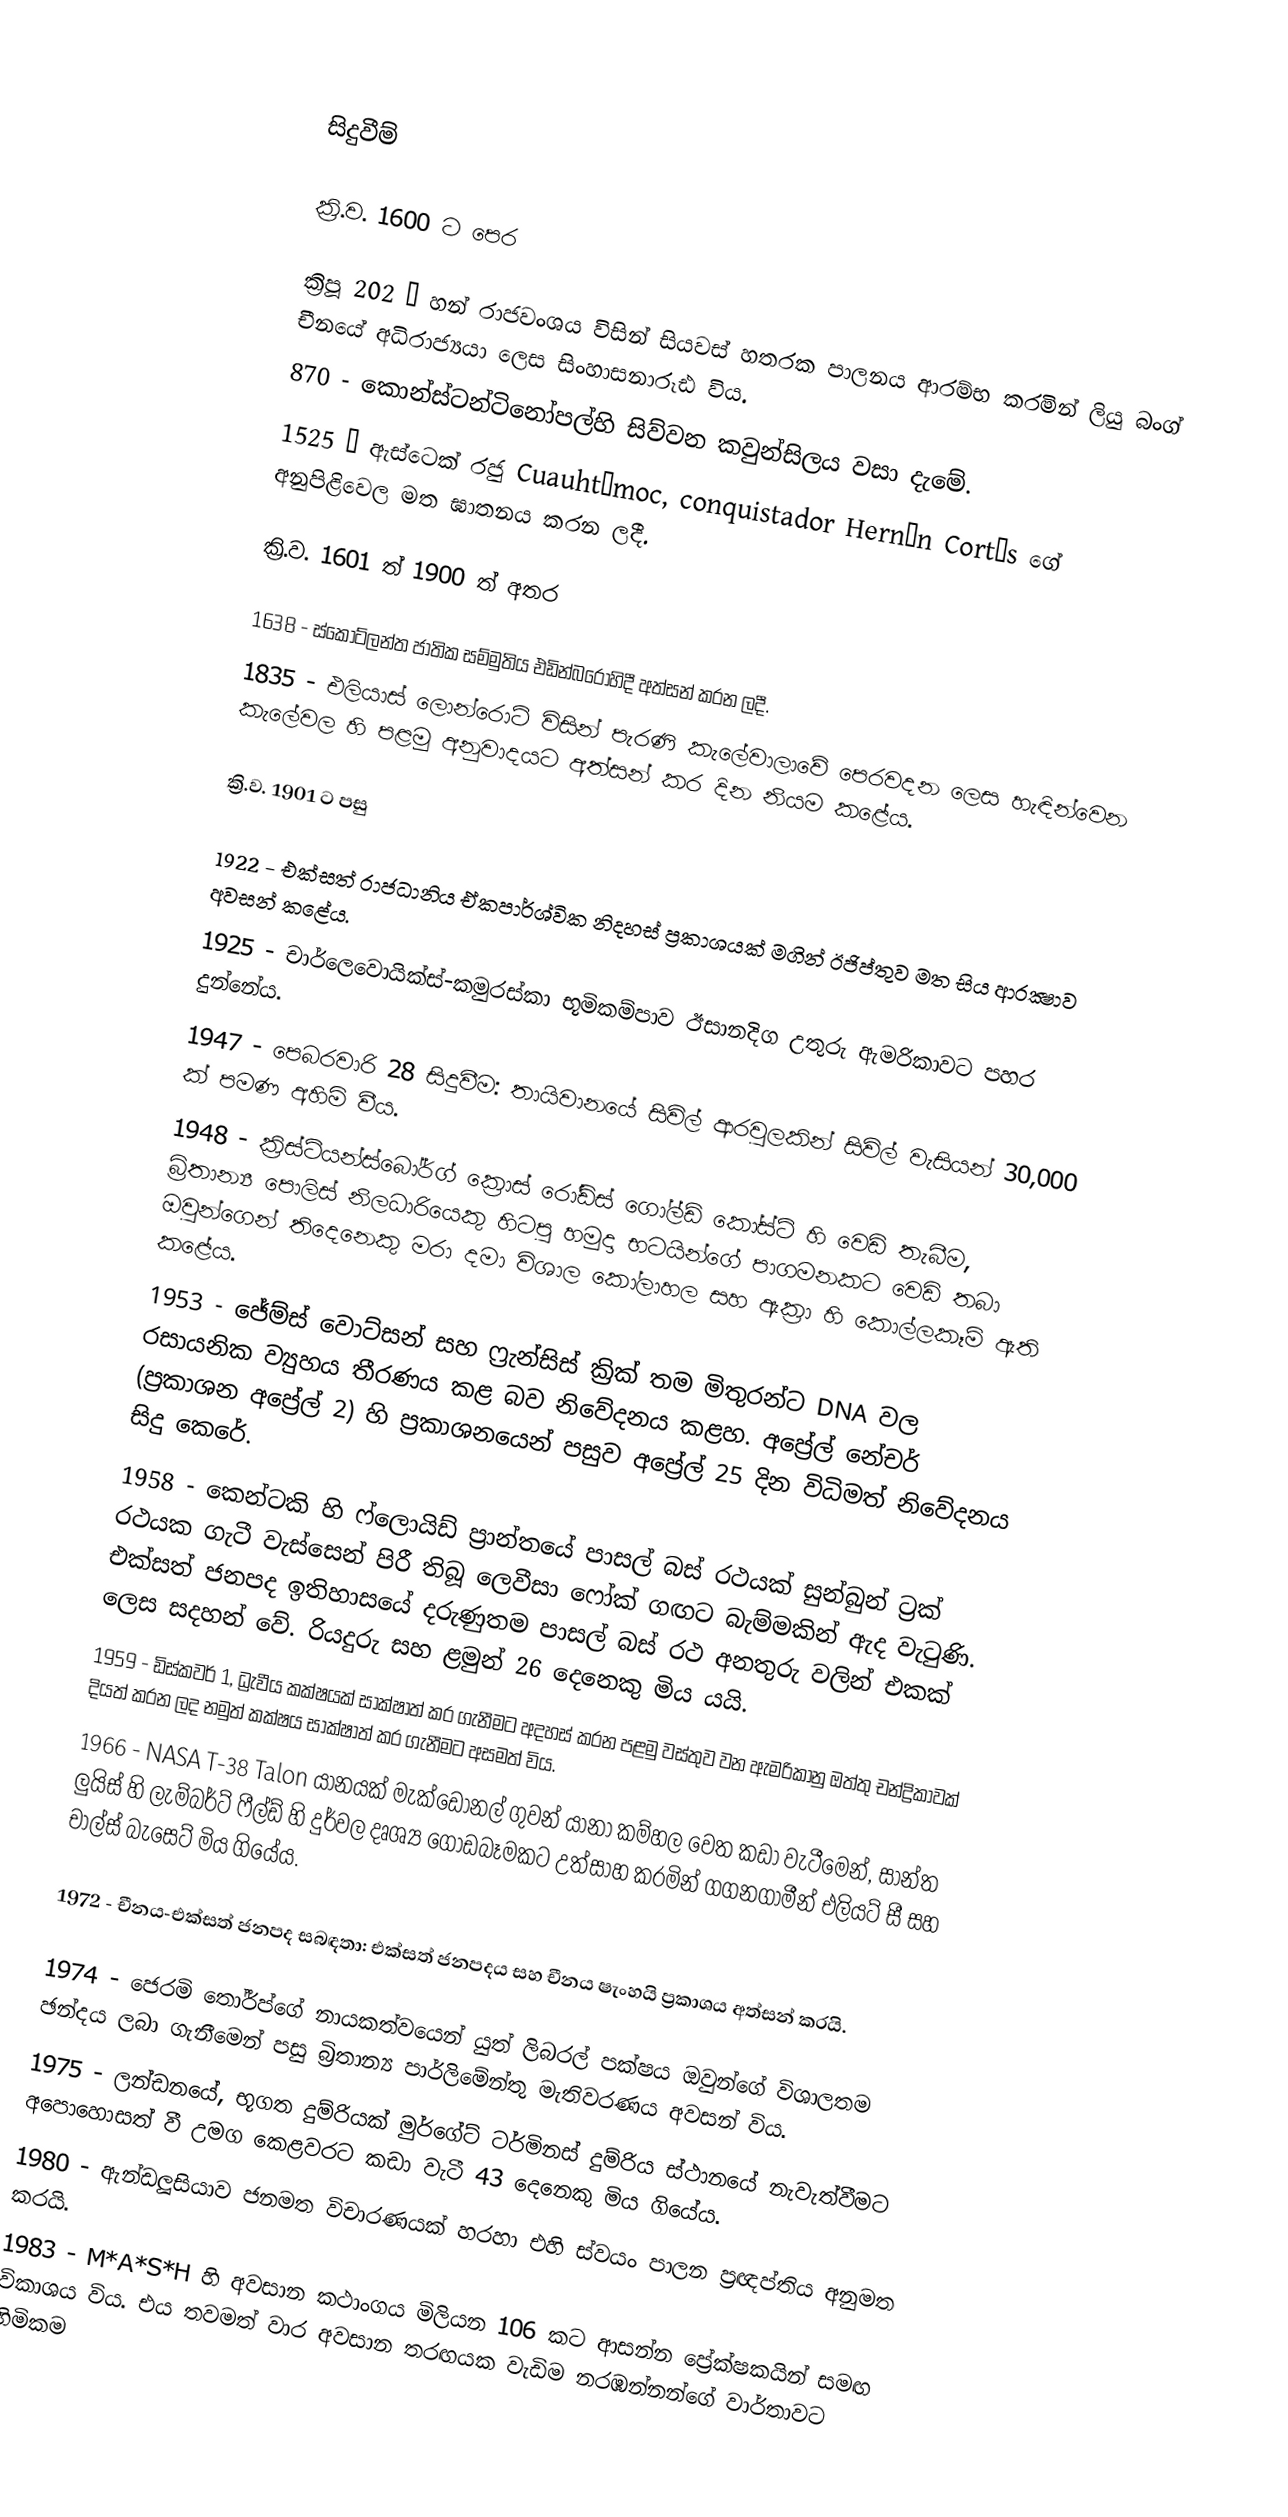

සිදුවීම්

ක්‍රි.ව. 1600 ට පෙර

 ක්‍රිපූ 202 – හන් රාජවංශය විසින් සියවස් හතරක පාලනය ආරම්භ කරමින් ලියු බංග් චීනයේ අධිරාජ්‍යයා ලෙස සිංහාසනාරූඪ විය.
 870 - කොන්ස්ටන්ටිනෝපල්හි සිව්වන කවුන්සිලය වසා දැමේ.
 1525 – ඇස්ටෙක් රජු Cuauhtémoc, conquistador Hernán Cortés ගේ අනුපිළිවෙල මත ඝාතනය කරන ලදී.

ක්‍රි.ව. 1601 ත් 1900 ත් අතර

 1638 - ස්කොට්ලන්ත ජාතික සම්මුතිය එඩින්බරෝහිදී අත්සන් කරන ලදී.
 1835 - එලියාස් ලොන්රොට් විසින් පැරණි කැලේවාලාවේ පෙරවදන ලෙස හැඳින්වෙන කැලේවල හි පළමු අනුවාදයට අත්සන් කර දින නියම කළේය.

ක්‍රි.ව. 1901 ට පසු

 1922 - එක්සත් රාජධානිය ඒකපාර්ශ්වික නිදහස් ප්‍රකාශයක් මගින් ඊජිප්තුව මත සිය ආරක්‍ෂාව අවසන් කළේය.
 1925 - චාර්ලෙවොයික්ස්-කමුරස්කා භූමිකම්පාව ඊසානදිග උතුරු ඇමරිකාවට පහර දුන්නේය.
 1947 - පෙබරවාරි 28 සිදුවීම: තායිවානයේ සිවිල් ආරවුලකින් සිවිල් වැසියන් 30,000 ක් පමණ අහිමි වීය.
 1948 - ක්‍රිස්ටියන්ස්බෝර්ග් ක්‍රොස් රෝඩ්ස් ගෝල්ඩ් කෝස්ට් හි වෙඩි තැබීම, බ්‍රිතාන්‍ය පොලිස් නිලධාරියෙකු හිටපු හමුදා භටයින්ගේ පාගමනකට වෙඩි තබා ඔවුන්ගෙන් තිදෙනෙකු මරා දමා විශාල කෝලාහල සහ ඇක්‍රා හි කොල්ලකෑම් ඇති කළේය.
 1953 - ජේම්ස් වොට්සන් සහ ෆ්‍රැන්සිස් ක්‍රික් තම මිතුරන්ට DNA වල රසායනික ව්‍යුහය තීරණය කළ බව නිවේදනය කළහ. අප්‍රේල් නේචර් (ප්‍රකාශන අප්‍රේල් 2) හි ප්‍රකාශනයෙන් පසුව අප්‍රේල් 25 දින විධිමත් නිවේදනය සිදු කෙරේ.
 1958 - කෙන්ටකි හි ෆ්ලොයිඩ් ප්‍රාන්තයේ පාසල් බස් රථයක් සුන්බුන් ට්‍රක් රථයක ගැටී වැස්සෙන් පිරී තිබූ ලෙවීසා ෆෝක් ගඟට බැම්මකින් ඇද වැටුණි. එක්සත් ජනපද ඉතිහාසයේ දරුණුතම පාසල් බස් රථ අනතුරු වලින් එකක් ලෙස සදහන් වේ. රියදුරු සහ ළමුන් 26 දෙනෙකු මිය යයි.
 1959 - ඩිස්කවර් 1, ධ්‍රැවීය කක්ෂයක් සාක්ෂාත් කර ගැනීමට අදහස් කරන පළමු වස්තුව වන ඇමරිකානු ඔත්තු චන්ද්‍රිකාවක් දියත් කරන ලද නමුත් කක්ෂය සාක්ෂාත් කර ගැනීමට අසමත් විය.
 1966 - NASA T-38 Talon යානයක් මැක්ඩොනල් ගුවන් යානා කම්හල වෙත කඩා වැටීමෙන්, සාන්ත ලුයිස් හි ලැම්බර්ට් ෆීල්ඩ් හි දුර්වල දෘශ්‍ය ගොඩබෑමකට උත්සාහ කරමින් ගගනගාමීන් එලියට් සී සහ චාල්ස් බැසෙට් මිය ගියේය.

 1972 - චීනය-එක්සත් ජනපද සබඳතා: එක්සත් ජනපදය සහ චීනය ෂැංහයි ප්‍රකාශය අත්සන් කරයි.

 1974 - ජෙරමි තෝර්ප්ගේ නායකත්වයෙන් යුත් ලිබරල් පක්ෂය ඔවුන්ගේ විශාලතම ඡන්දය ලබා ගැනීමෙන් පසු බ්‍රිතාන්‍ය පාර්ලිමේන්තු මැතිවරණය අවසන් විය.
 1975 - ලන්ඩනයේ, භූගත දුම්රියක් මුර්ගේට් ටර්මිනස් දුම්රිය ස්ථානයේ නැවැත්වීමට අපොහොසත් වී උමග කෙළවරට කඩා වැටී 43 දෙනෙකු මිය ගියේය.
 1980 - ඇන්ඩලූසියාව ජනමත විචාරණයක් හරහා එහි ස්වයං පාලන ප්‍රඥප්තිය අනුමත කරයි.
 1983 - M*A*S*H හි අවසාන කථාංගය මිලියන 106 කට ආසන්න ප්‍රේක්ෂකයින් සමඟ විකාශය විය. එය තවමත් වාර අවසාන තරඟයක වැඩිම නරඹන්නන්ගේ වාර්තාවට හිමිකම